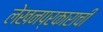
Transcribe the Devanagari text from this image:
लेखनप्रकाराची